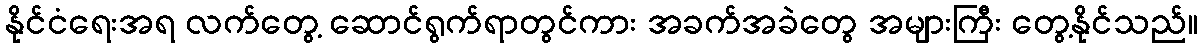
နိုင်ငံရေးအရ လက်တွေ့ ဆောင်ရွက်ရာတွင်ကား အခက်အခဲတွေ အများကြီး တွေ့နိုင်သည်။